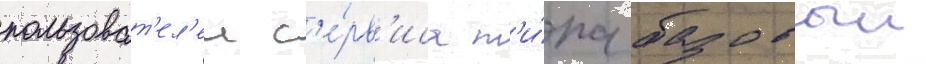
пользоват'ел'еи с'е́рв'иса т'и́па базовыи